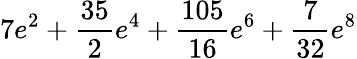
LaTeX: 7e^{2}+\frac{35}{2}e^{4}+\frac{105}{16}e^{6}+\frac{7}{32}e^{8}